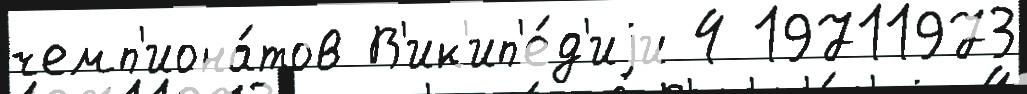
чемп'иона́тов В'ик'ип'е́д'иjи 4 19711973